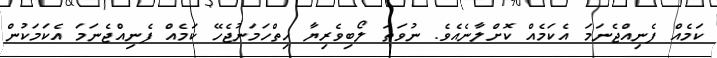
ކަމެއް ފެނިއްޖެނަމަ އެކަމެއް ކޮށްލާނެއެވެ. ނުވަތަ ލޯބިވެރިޔާ ހިތްހަމަނުޖެހޭ ކަމެއް ފެނިއްޖެނަމަ އެކަމަކުން